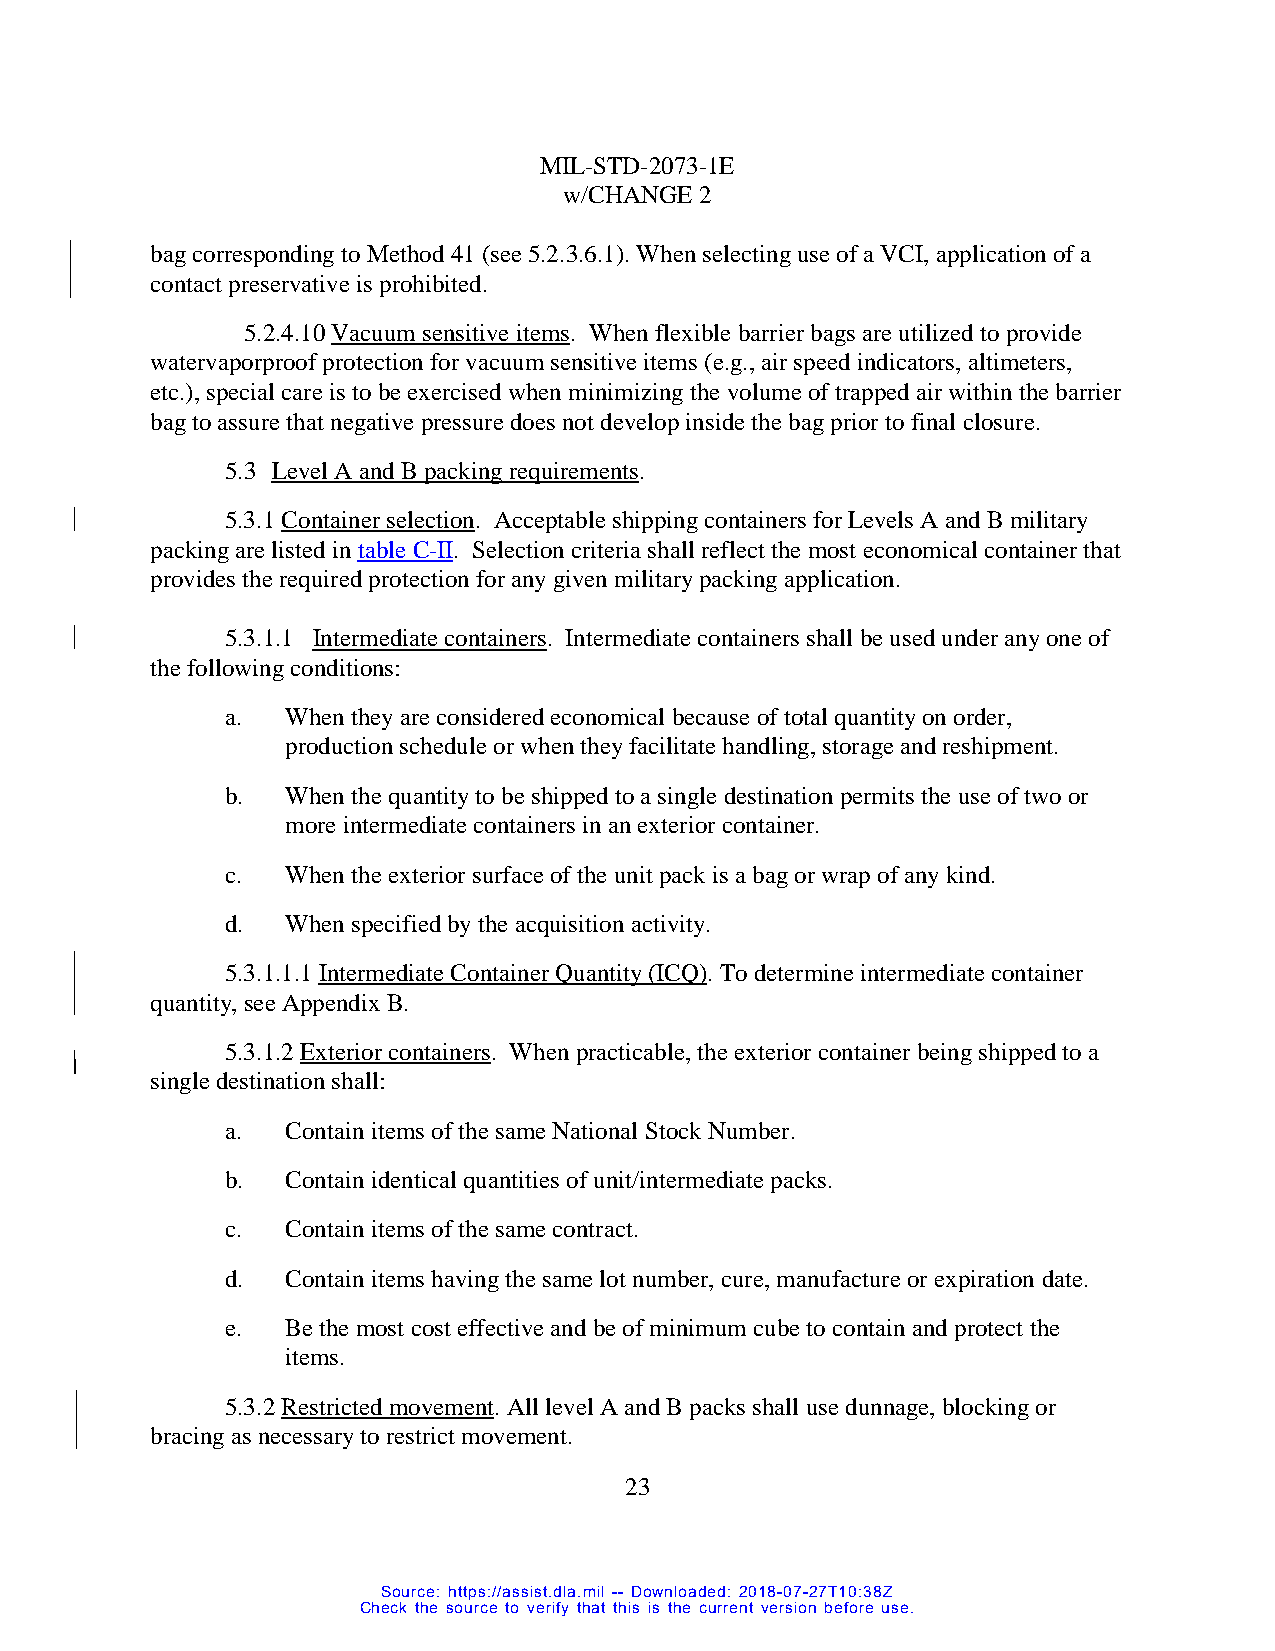
MIL-STD-2073-1E
 w/CHANGE 2
 bag corresponding to Method 41 (see 5.2.3.6.1). When selecting use of a VCI, application of a
 contact preservative is prohibited.
 5.2.4.10 Vacuum sensitive items. When flexible barrier bags are utilized to provide
 watervaporproof protection for vacuum sensitive items (e.g., air speed indicators, altimeters,
 etc.), special care is to be exercised when minimizing the volume of trapped air within the barrier
 bag to assure that negative pressure does not develop inside the bag prior to final closure.
 5.3 Level A and B packing requirements.
 5.3.1 Container selection. Acceptable shipping containers for Levels A and B military
 packing are listed in table C-II. Selection criteria shall reflect the most economical container that
 provides the required protection for any given military packing application.
 5.3.1.1 Intermediate containers. Intermediate containers shall be used under any one of
 the following conditions:
 a.  When they are considered economical because of total quantity on order,
 production schedule or when they facilitate handling, storage and reshipment.
 b.  When the quantity to be shipped to a single destination permits the use of two or
 more intermediate containers in an exterior container.
 c.  When the exterior surface of the unit pack is a bag or wrap of any kind.
 d.  When specified by the acquisition activity.
 5.3.1.1.1 Intermediate Container Quantity (ICQ). To determine intermediate container
 quantity, see Appendix B.
 5.3.1.2 Exterior containers. When practicable, the exterior container being shipped to a
 single destination shall:
 a.  Contain items of the same National Stock Number.
 b.  Contain identical quantities of unit/intermediate packs.
 c.  Contain items of the same contract.
 d.  Contain items having the same lot number, cure, manufacture or expiration date.
 e.  Be the most cost effective and be of minimum cube to contain and protect the
 items.
 5.3.2 Restricted movement. All level A and B packs shall use dunnage, blocking or
 bracing as necessary to restrict movement.
 23
 Source: https://assist.dla.mil -- Downloaded: 2018-07-27T10:38Z
 Check the source to verify that this is the current version before use.